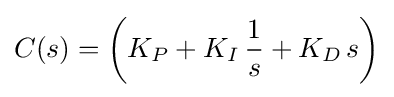
C(s)=\left(K_{P}+K_{I}\,{\frac {1}{s}}+K_{D}\,s\right)